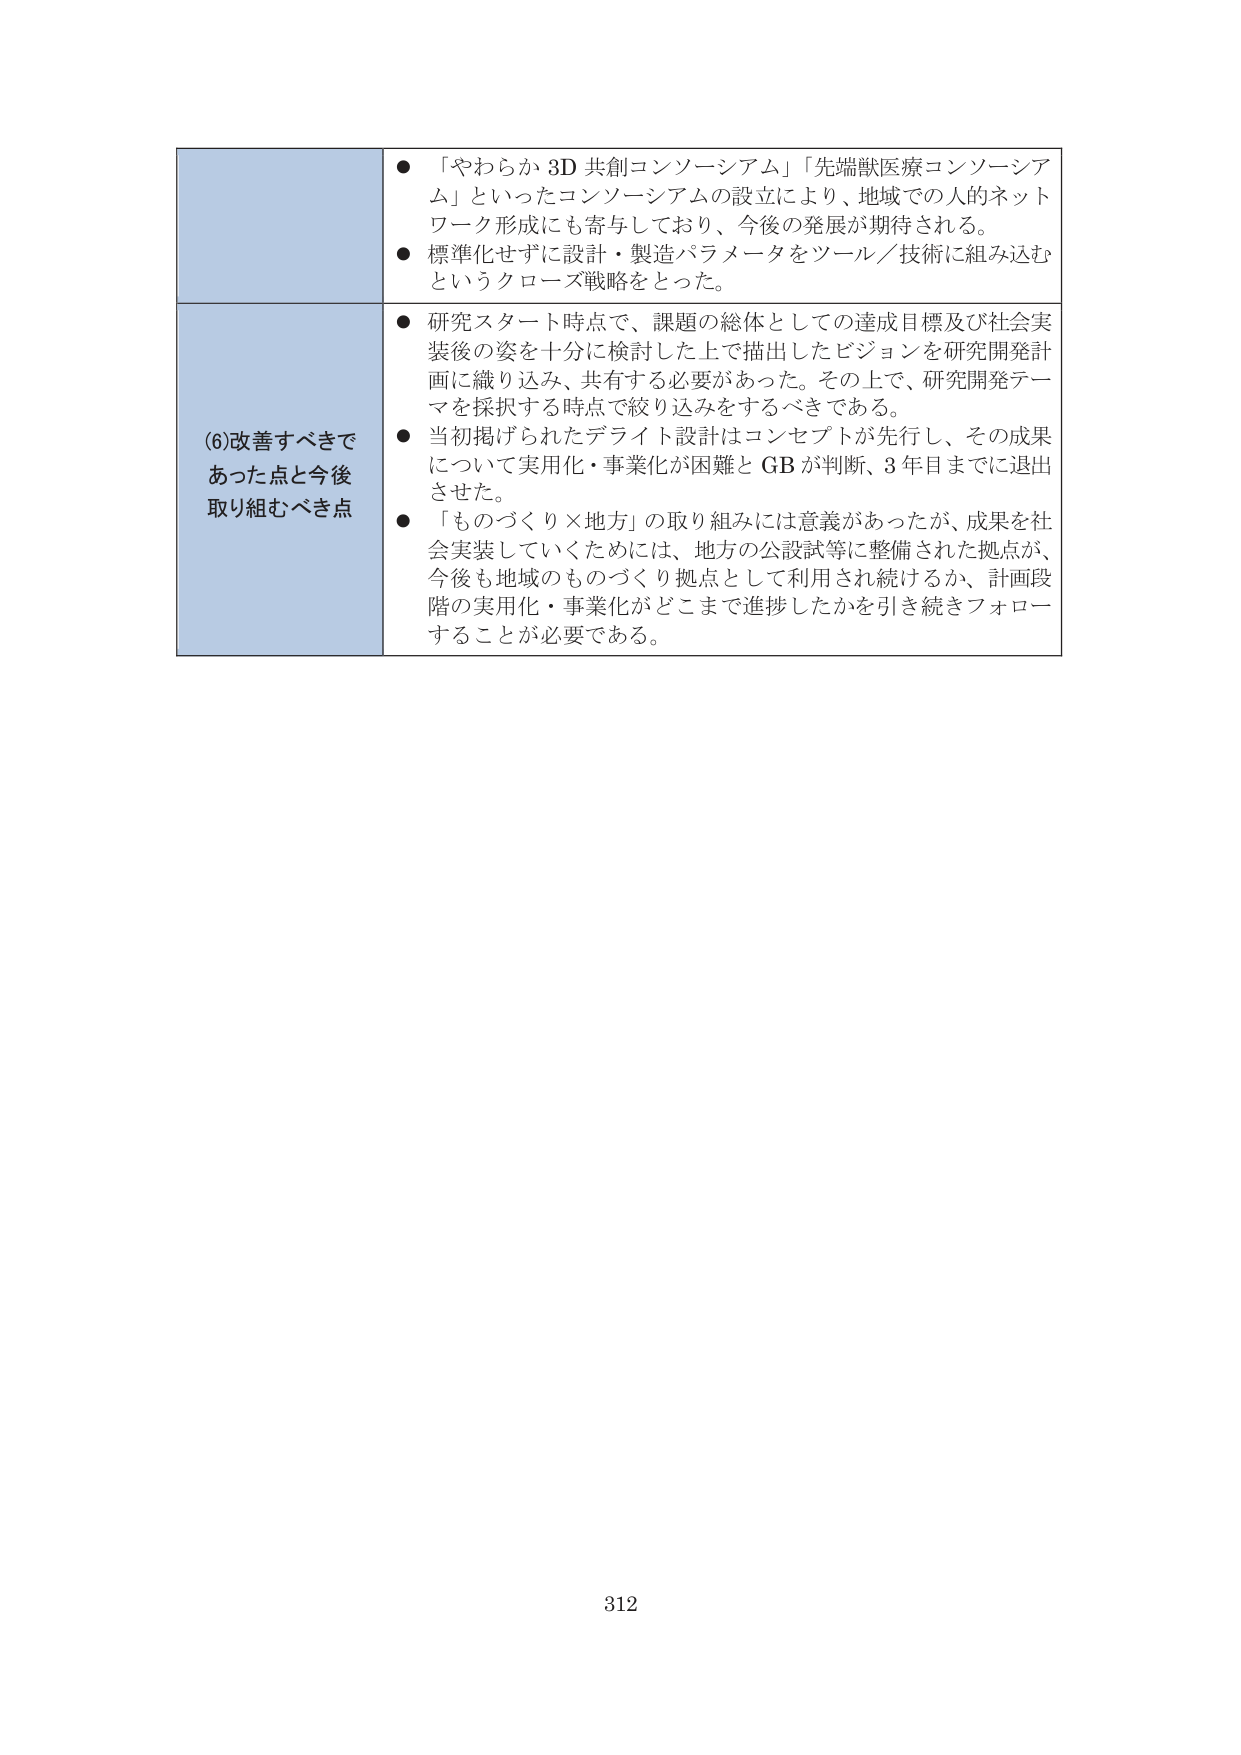
(6)改善すべきであった点と今後取り組むべき点
● 「やわらか3D共創コンソーシアム」「先端獣医療コンソーシアム」といったコンソーシアムの設立により、地域での人的ネットワーク形成にも寄与しており、今後の発展が期待される。
● 標準化せずに設計・製造パラメータをツール／技術に組み込むというクローズ戦略をとった。
● 研究スタート時点で、課題の総体としての達成目標及び社会実装後の姿を十分に検討した上で描出したビジョンを研究開発計画に織り込み、共有する必要があった。その上で、研究開発テーマを採択する時点で絞り込みをするべきである。
● 当初掲げられたデライト設計はコンセプトが先行し、その成果について実用化・事業化が困難とGBが判断、3年目までに退出させた。
● 「ものづくり×地方」の取り組みには意義があったが、成果を社会実装していくためには、地方の公設試等に整備された拠点が、今後も地域のものづくり拠点として利用され続けるか、計画段階の実用化・事業化がどこまで進捗したかを引き続きフォローすることが必要である。
312